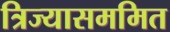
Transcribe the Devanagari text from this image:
त्रिज्यासममित